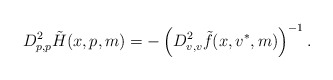
\begin{align*}D_{p,p}^2 \tilde H(x,p,m)=- \left(D^2_{v,v} \tilde f(x,v^*,m)\right)^{-1}. \end{align*}